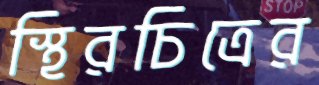
স্থিরচিত্রের